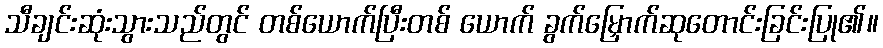
သီချင်းဆုံးသွားသည်တွင် တစ်ယောက်ပြီးတစ် ယောက် ခွက်မြှောက်ဆုတောင်းခြင်းပြု၏။